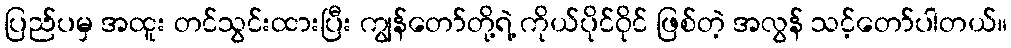
ပြည်ပမှ အထူး တင်သွင်းထားပြီး ကျွန်တော်တို့ရဲ့ ကိုယ်ပိုင်ဝိုင် ဖြစ်တဲ့ အလွန် သင့်တော်ပါတယ်။